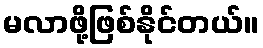
မလာဖို့ဖြစ်နိုင်တယ်။